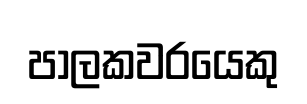
පාලකවරයෙකු